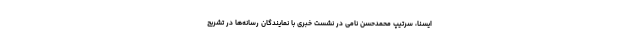
ایسنا، سرتیپ محمدحسن نامی در نشست خبری با نمایندگان رسانه‌ها در تشریح